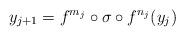
LaTeX: \begin{align*}y_{j+1}=f^{m_j}\circ \sigma\circ f^{n_j}(y_j)\end{align*}